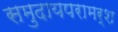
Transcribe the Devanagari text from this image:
समुदायपरामर्श